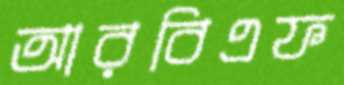
আরবিএফ